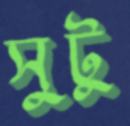
সুটু